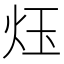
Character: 𪸛